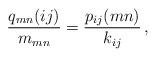
LaTeX: \begin{align*} \frac{q_{mn}(ij) }{m_{mn}}=\frac{p_{ij}(mn) }{k_{ij}}\,, \end{align*}